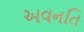
અવનતિ